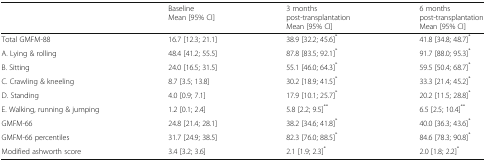
<table><thead><tr><td>[EMPTY_CELL]</td><td><b>BaselineMean [95% CI]</b></td><td><b>3 months post-transplantationMean [95% CI]</b></td><td><b>6 months post-transplantationMean [95% CI]</b></td></tr></thead><tbody><tr><td>Total GMFM-88</td><td>16.7 [12.3; 21.1]</td><td>38.9 [32.2; 45.6]<sup>*</sup></td><td>41.8 [34.8; 48.7]<sup>*</sup></td></tr><tr><td>A. Lying &amp; rolling</td><td>48.4 [41.2; 55.5]</td><td>87.8 [83.5; 92.1]<sup>*</sup></td><td>91.7 [88.0; 95.3]<sup>*</sup></td></tr><tr><td>B. Sitting</td><td>24.0 [16.5; 31.5]</td><td>55.1 [46.0; 64.3]<sup>*</sup></td><td>59.5 [50.4; 68.7]<sup>*</sup></td></tr><tr><td>C. Crawling &amp; kneeling</td><td>8.7 [3.5; 13.8]</td><td>30.2 [18.9; 41.5]<sup>*</sup></td><td>33.3 [21.4; 45.2]<sup>*</sup></td></tr><tr><td>D. Standing</td><td>4.0 [0.9; 7.1]</td><td>17.9 [10.1; 25.7]<sup>*</sup></td><td>20.2 [11.5; 28.8]<sup>*</sup></td></tr><tr><td>E. Walking, running &amp; jumping</td><td>1.2 [0.1; 2.4]</td><td>5.8 [2.2; 9.5]<sup>**</sup></td><td>6.5 [2.5; 10.4]<sup>**</sup></td></tr><tr><td>GMFM-66</td><td>24.8 [21.4; 28.1]</td><td>38.2 [34.6; 41.8]<sup>*</sup></td><td>40.0 [36.3; 43.6]<sup>*</sup></td></tr><tr><td>GMFM-66 percentiles</td><td>31.7 [24.9; 38.5]</td><td>82.3 [76.0; 88.5]<sup>*</sup></td><td>84.6 [78.3; 90.8]<sup>*</sup></td></tr><tr><td>Modified ashworth score</td><td>3.4 [3.2; 3.6]</td><td>2.1 [1.9; 2.3]<sup>*</sup></td><td>2.0 [1.8; 2.2]<sup>*</sup></td></tr></tbody></table>